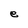
Character: e